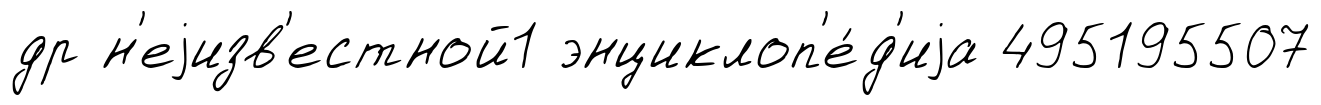
др н'еjизв'естной1 энциклоп'е́д'иjа 495195507